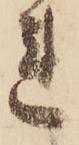
れ